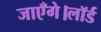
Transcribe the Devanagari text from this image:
जाएँगे।लॉर्ड